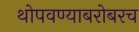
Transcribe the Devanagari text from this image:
थोपवण्याबरोबरच